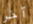
آخر